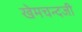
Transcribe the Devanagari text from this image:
खेमचन्दजी